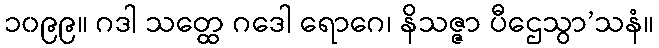
၁၀၉၉။ ဂဒါ သတ္ထေ ဂဒေါ ရောဂေ၊ နိသဇ္ဇာ ပီဌေသွာ’သနံ။